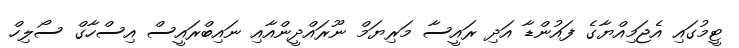
ޓީމުގައި އެޖަމިއްޔާގެ ފައުންޑާ އަދި ރައީސާ މަރިޔަމް ނޫރައްދީންއާއި ނައިބްރައީސް އިސްހާގް ސޯލިހް